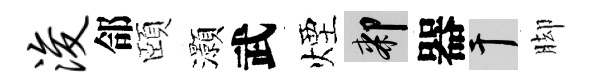
浚郃頤灝武煙膝器干脚